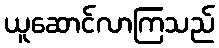
ယူဆောင်လာကြသည်